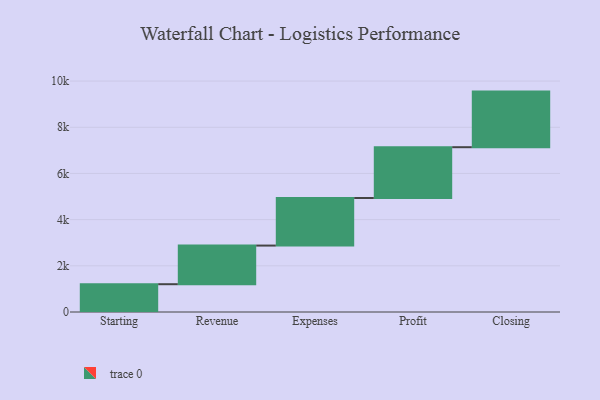
{"axis": {"x": "Step", "y": "Value"}, "legend": [""], "data": [{"x": "Starting", "y": 1204.0, "type": ""}, {"x": "Revenue", "y": 1673.0, "type": ""}, {"x": "Expenses", "y": 2059.0, "type": ""}, {"x": "Profit", "y": 2201.0, "type": ""}, {"x": "Closing", "y": 2408.0, "type": ""}]}